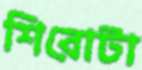
শিরোটা